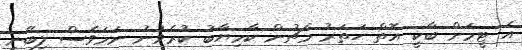
އެ ޓީމަށް ބާކީ އޮތް ހަތަރު މެޗުން ކާމިޔާބު ކުރެވުނު ނަމަވެސް ލިބޭނީ